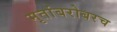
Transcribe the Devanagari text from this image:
मृतांबरोबरच